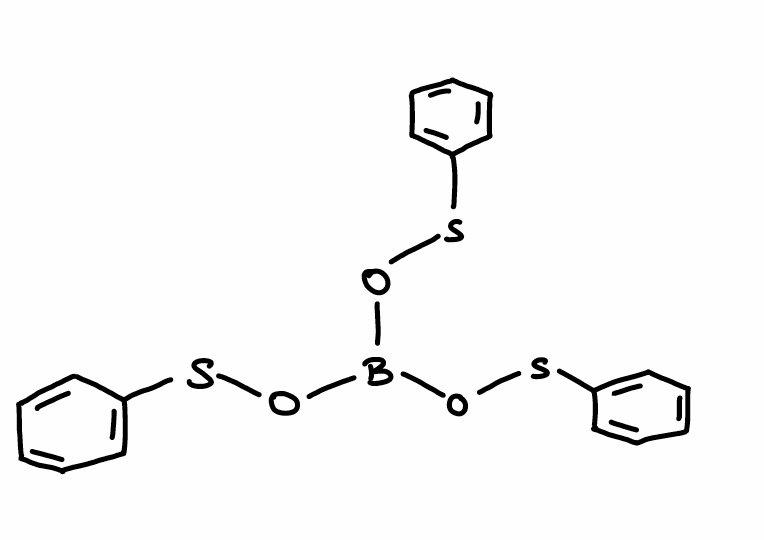
Simplified molecular-input line-entry system (SMILES) notation of the given molecule:
B(OSC1=CC=CC=C1)(OSC2=CC=CC=C2)OSC3=CC=CC=C3